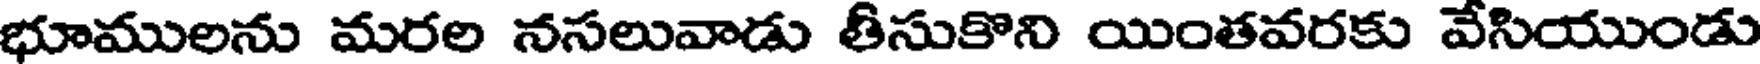
భూములను మరల నసలువాడు తీసుకొని యింతవరకు వేసియుండు